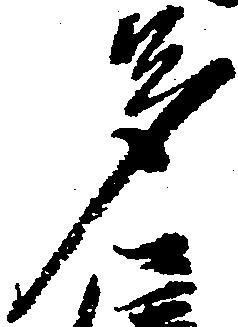
多